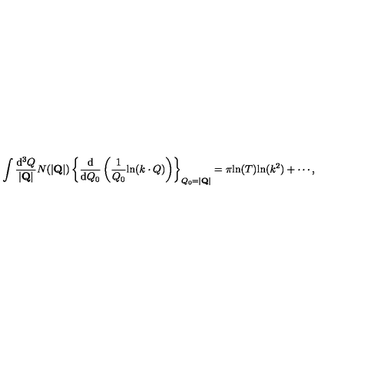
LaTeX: \int \frac { \mathrm { d } ^ { 3 } Q } { | { \bf Q } | } N ( | { \bf Q } | ) \left\{ \frac { \mathrm { d } } { \mathrm { d } Q _ { 0 } } \left( \frac { 1 } { Q _ { 0 } } \mathrm { l n } ( k \cdot Q ) \right) \right\} _ { Q _ { 0 } = | { \bf Q } | } = \pi \mathrm { l n } ( T ) \mathrm { l n } ( k ^ { 2 } ) + \cdots ,